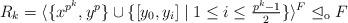
LaTeX: \begin{align*} R_k =\langle \{ x^{p^k}, y^p \} \cup \{ [y_0,y_i] \mid 1\le i \le \tfrac{p^k-1}{2} \} \rangle ^F \trianglelefteq_\mathrm{o} F\end{align*}